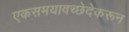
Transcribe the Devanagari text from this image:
एकसमयावच्छेदेकरून